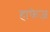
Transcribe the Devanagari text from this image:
हाफेज़